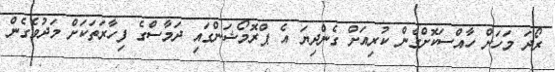
ރޯދަ މަހަށް ހާއްސަކޮށްގެން ކުރިއަށް ގެންދިޔަ އެ ޕްރޮމޯޝަންގައި ދަމާސްގެ ފިހާރަތަކަށް މަދުވެގެން